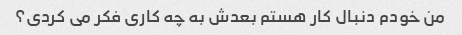
من خودم دنبال کار هستم بعدش به چه کاری فکر می کردی؟